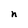
Character: n